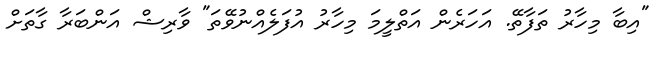
"އިބާ މިހާރު ތަފާތޭ. އަހަރެން އަތްލީމަ މިހާރު އުފަލެއްނުވޭތަ" ވާރިޝް އަންބަރާ ގާތަށް